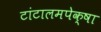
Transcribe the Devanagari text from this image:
टांटालमपेक्षा